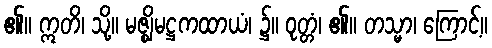
၏။ ဣတိ၊ သို့။ မဇ္ဈိမဋ္ဌကထာယံ၊ ၌။ ဝုတ္တံ၊ ၏။ တသ္မာ၊ ကြောင့်။